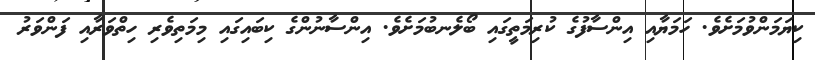
ކިޔަމަންވުމަށެވެ. ހަމަޔާއި އިންސާފުގެ ކުރިމަތީގައި ބޯލެނބުމަށެވެ. އިންސާނުންގެ ކިބައިގައި މިމަތިވެރި ހިތްވަރާއި ފަންވަރު